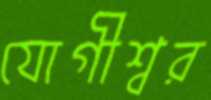
যোগীশ্বর